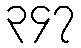
၃၄၇